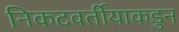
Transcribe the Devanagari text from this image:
निकटवर्तीयाकडुन